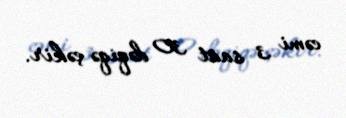
cəmi 3 saat 30 dəqiqə çəkir.